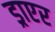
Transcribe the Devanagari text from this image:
ड्राएर